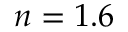
n = 1 . 6